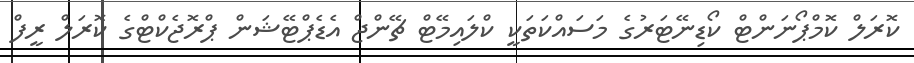
ކޮރަލް ކޮމްޕޯނަންޓް ކޯޑިނޭޓަރުގެ މަސައްކަތަކީ ކްލައިމޭޓް ޗޭންޖް އެޑެޕްޓޭޝަން ޕްރޮޖެކްޓްގެ ކޮރަލް ރީފް